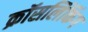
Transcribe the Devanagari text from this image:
क्रॉसलिंकिंग